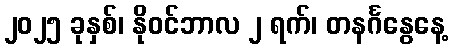
၂၀၂၅ ခုနှစ်၊ နိုဝင်ဘာလ ၂ ရက်၊ တနင်္ဂနွေနေ့